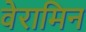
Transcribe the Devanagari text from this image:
वेरामिन